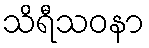
သိရီသဝနာ